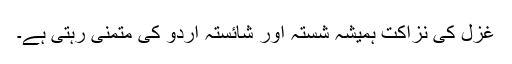
غزل کی نزاکت ہمیشہ شستہ اور شائستہ اردو کی متمنی رہتی ہے۔